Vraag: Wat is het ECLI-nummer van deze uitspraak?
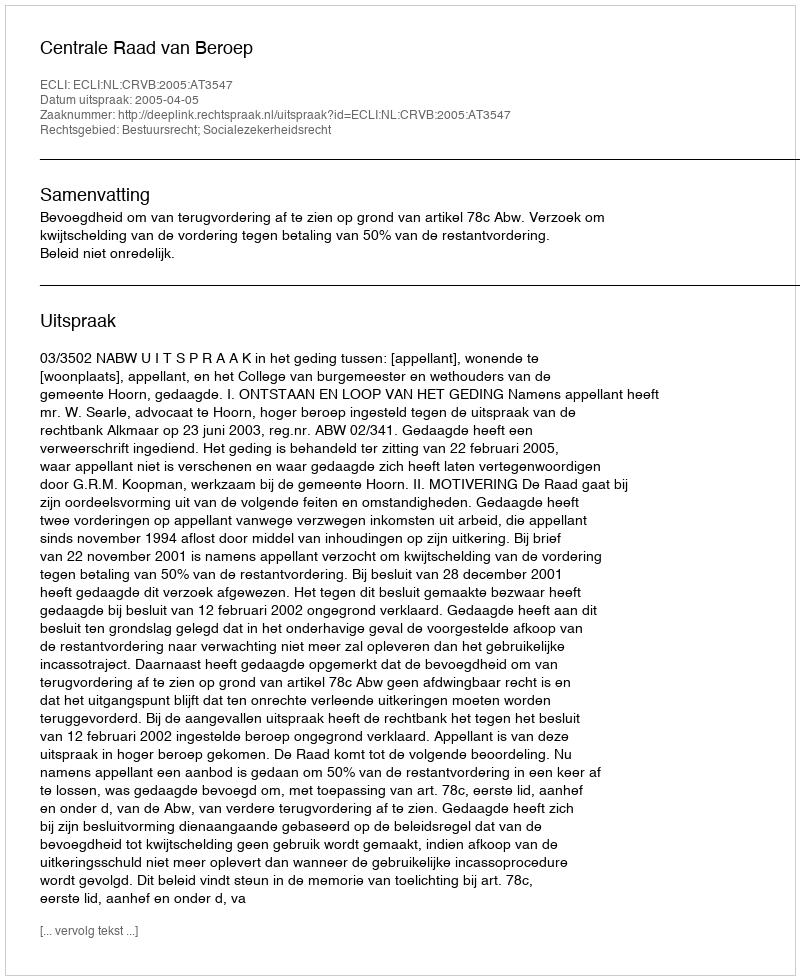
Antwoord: ECLI:NL:CRVB:2005:AT3547